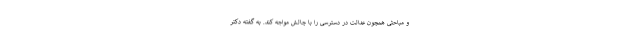
و مباحثی همچون عدالت در دسترسی را با چالش مواجه کند. به گفته دکتر